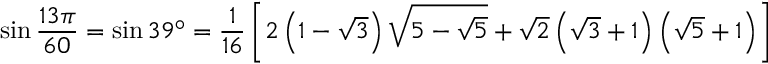
\sin { \frac { 1 3 \pi } { 6 0 } } = \sin 3 9 ^ { \circ } = { \frac { 1 } { 1 6 } } \left[ 2 \left( 1 - { \sqrt { 3 } } \right) { \sqrt { 5 - { \sqrt { 5 } } } } + { \sqrt { 2 } } \left( { \sqrt { 3 } } + 1 \right) \left( { \sqrt { 5 } } + 1 \right) \right]